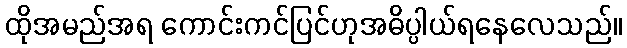
ထိုအမည်အရ ကောင်းကင်ပြင်ဟုအဓိပ္ပါယ်ရနေလေသည်။